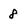
Character: 8